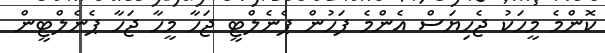
ކޮންމެ މީހަކު ޖެހިޔަސް އެންމެ ފަހުން ޕެނެލްޓީ ޖަހާ މީހާ ޖަހާ ޕެނެލްޓީން